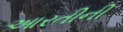
આરતીની